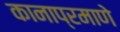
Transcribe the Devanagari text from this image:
कानाप्रमाणे